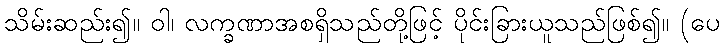
သိမ်းဆည်း၍။ ဝါ၊ လက္ခဏာအစရှိသည်တို့ဖြင့် ပိုင်းခြားယူသည်ဖြစ်၍။ (ပေ